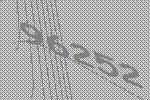
96252